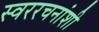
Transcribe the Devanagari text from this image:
स्वररचनांशी